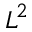
L ^ { 2 }